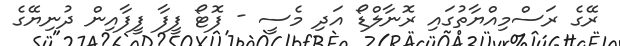
ރޭގެ ރަސްމިއްޔާތުގައި ރޮނާލްޑޯ އަދި މެސީ - ފޮޓޯ ފީފާ ފީފާއިން ދުނިޔޭގެ